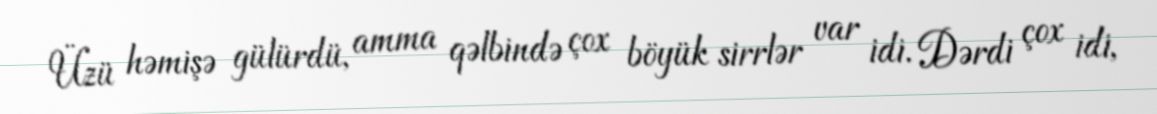
Üzü həmişə gülürdü, amma qəlbində çox böyük sirrlər var idi. Dərdi çox idi,